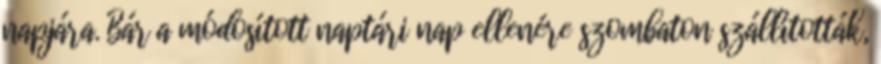
napjára. Bár a módosított naptári nap ellenére szombaton szállították,